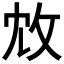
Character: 𢼈